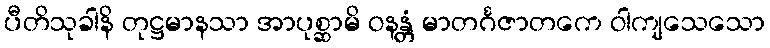
ပီတိသုခါနိ တုဋ္ဌမာနသာ အာပုစ္ဆာမိ ဝနန္တံ မာတင်္ဂဇာတကေ ဝါကျသေသော